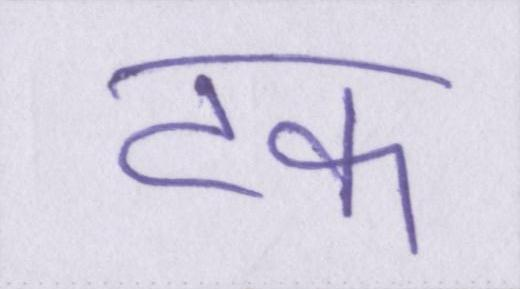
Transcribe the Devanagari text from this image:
टक